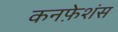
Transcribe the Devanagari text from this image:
कनफ़ेशंस